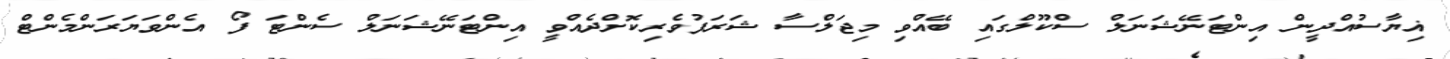
ޣިޔާސުއްދީން އިންޓަނޭޝަނަލް ސްކޫލްގައި ބޭއްވި މިޖަލްސާ ޝަރަފުވެރިކޮށްދެއްވީ އިންޓަނޭޝަނަލް ސެންޓަ ފޯ އެންވަޔަރަންމެންޓް